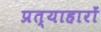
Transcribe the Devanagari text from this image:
प्रत्याहारों